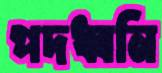
পদধ্বনি